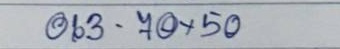
063 - 70 x 50